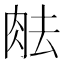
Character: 𦚒